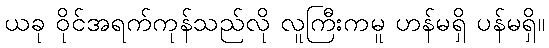
ယခု ဝိုင်အရက်ကုန်သည်လို လူကြီးကမူ ဟန်မရှိ ပန်မရှိ။